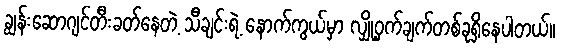
ချွန်းဆောဂျင်တီးခတ်နေတဲ့ သီချင်းရဲ့ နောက်ကွယ်မှာ လျှို့ဝှက်ချက်တစ်ခုရှိနေပါတယ်။